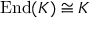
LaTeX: \operatorname { E n d } ( K ) \cong K